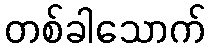
တစ်ခါသောက်